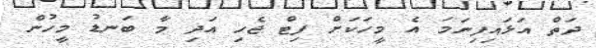
ދަތް އަޅައިފިނަމަ އެ މީހަކަށް ފިޓް ޖެހި އަދި މާ ބަނޑު މީހުން